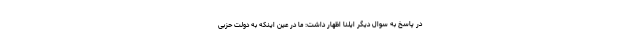
در پاسخ به سوال دیگر ایلنا اظهار داشت: ما در عین اینکه به دولت حزبی